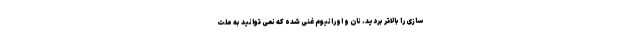
سازی را بالاتر بردید. نان و اورانیوم غنی شده که نمی توانید به ملت